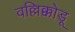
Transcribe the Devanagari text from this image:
वल्लिक्कोडू